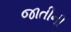
જાતીની